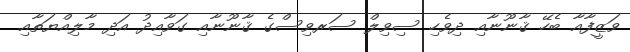
ވަޒީފާއާ ބެހޭ ޤާނޫނާއި ދިވެހި ސިވިލް ސަރވިސްގެ ޤާނޫނާއި ގަވާއިދު އަދި މާލިއްޔަތާއި